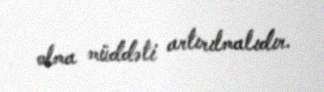
olma müddəti artırılmalıdır.